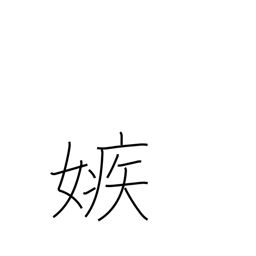
Meaning: jealous